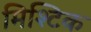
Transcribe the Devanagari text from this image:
मिश्टिक